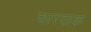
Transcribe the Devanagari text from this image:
चारवाक